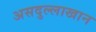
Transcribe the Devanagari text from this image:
असदुल्लाखान